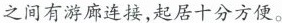
之间有游廊连接，起居十分方便。